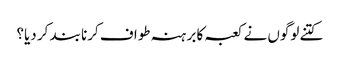
کتنے لوگوں نے کعبہ کا برہنہ طواف کرنا بند کر دیا؟